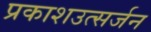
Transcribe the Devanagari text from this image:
प्रकाशउत्सर्जन